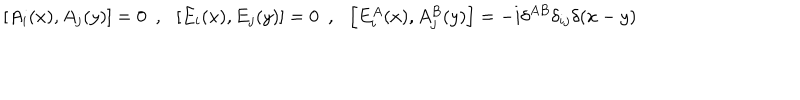
\left[ A _ { i } ( x ) , A _ { j } ( y ) \right] = 0 ~ ~ , ~ ~ \left[ E _ { i } ( x ) , E _ { j } ( y ) \right] = 0 ~ ~ , ~ ~ \left[ E _ { i } ^ { A } ( x ) , A _ { j } ^ { B } ( y ) \right] = - i \delta ^ { A B } \delta _ { i j } \delta ( x - y )